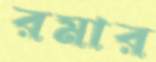
রমার